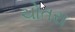
ચોતરા